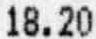
18.20